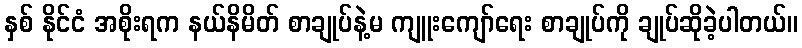
နှစ် နိုင်ငံ အစိုးရက နယ်နိမိတ် စာချုပ်နဲ့မ ကျူးကျော်ရေး စာချုပ်ကို ချုပ်ဆိုခဲ့ပါတယ်။